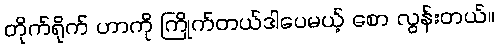
တိုက်ရိုက် ဟာကို ကြိုက်တယ်ဒါပေမယ့် စော လွန်းတယ်။